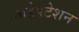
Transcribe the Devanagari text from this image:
अडेपटेशन